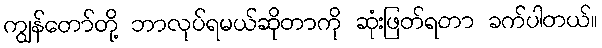
ကျွန်တော်တို့ ဘာလုပ်ရမယ်ဆိုတာကို ဆုံးဖြတ်ရတာ ခက်ပါတယ်။